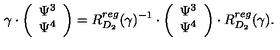
\gamma \cdot \left( \begin{array} { c c } { \Psi ^ { 3 } } \\ { \Psi ^ { 4 } } \\ \end{array} \right) = R _ { D _ { 2 } } ^ { r e g } ( \gamma ) ^ { - 1 } \cdot \left( \begin{array} { c c } { \Psi ^ { 3 } } \\ { \Psi ^ { 4 } } \\ \end{array} \right) \cdot R _ { D _ { 2 } } ^ { r e g } ( \gamma ) .